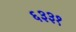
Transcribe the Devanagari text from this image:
६३३१